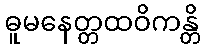
ဓူမနေတ္တထဝိကန္တိ